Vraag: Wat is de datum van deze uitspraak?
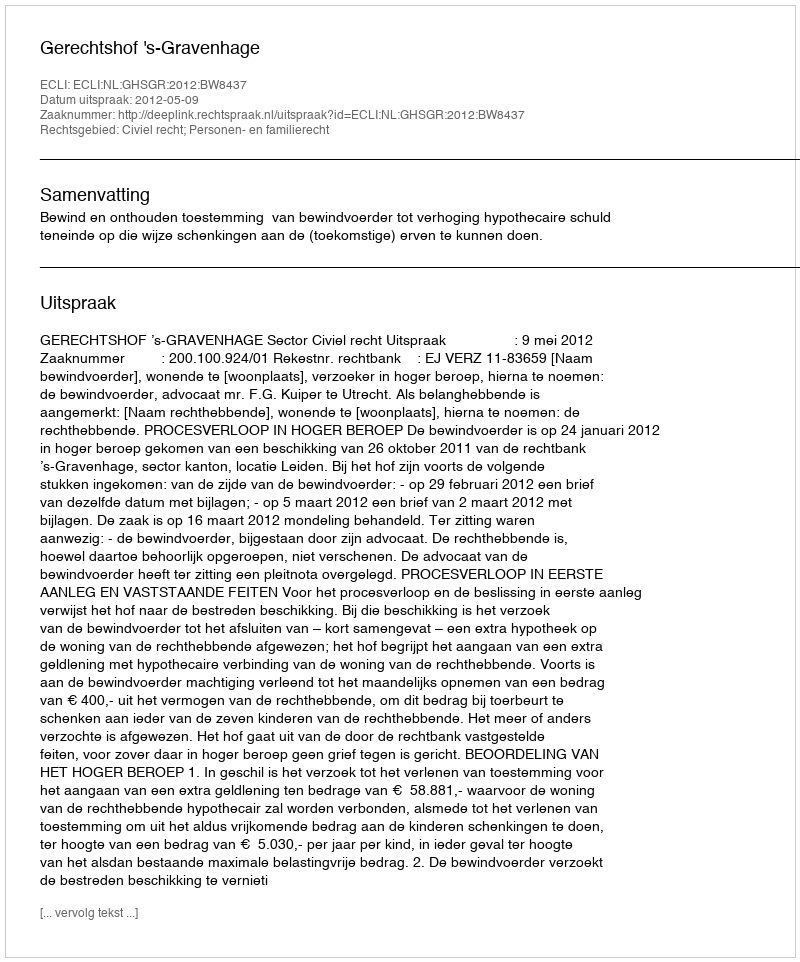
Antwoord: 2012-05-09